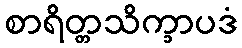
စာရိတ္တသိက္ခာပဒံ